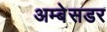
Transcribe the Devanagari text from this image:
अम्बेसडर